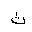
Letter: _tha